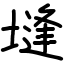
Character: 塳